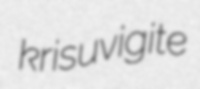
krisuvigite